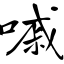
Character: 嘁